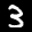
Label: 3